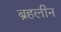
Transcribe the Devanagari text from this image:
ब्रहलीन